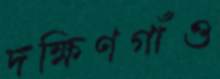
দক্ষিণগাঁও